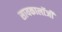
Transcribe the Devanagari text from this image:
सायकालॉजी